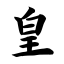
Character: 皇